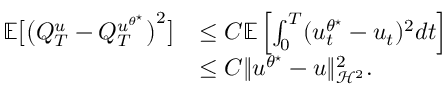
\begin{array} { r l } { \mathbb { E } \big [ \big ( Q _ { T } ^ { u } - Q _ { T } ^ { u ^ { \theta ^ { \star } } } \big ) ^ { 2 } \big ] } & { \leq C \mathbb { E } \left[ \int _ { 0 } ^ { T } ( u _ { t } ^ { \theta ^ { \star } } - u _ { t } ) ^ { 2 } d t \right] } \\ & { \leq C \| u ^ { \theta ^ { \star } } - u \| _ { \mathcal H ^ { 2 } } ^ { 2 } . } \end{array}